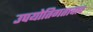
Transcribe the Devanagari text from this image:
उपयोतिगतावाद